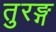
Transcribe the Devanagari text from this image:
तुरङ्ग